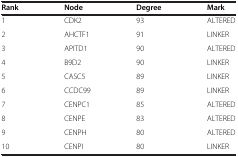
<table><thead><tr><td><b>Rank</b></td><td><b>Node</b></td><td><b>Degree</b></td><td><b>Mark</b></td></tr></thead><tbody><tr><td>1</td><td>CDK2</td><td>93</td><td>ALTERED</td></tr><tr><td>2</td><td>AHCTF1</td><td>91</td><td>LINKER</td></tr><tr><td>3</td><td>APITD1</td><td>90</td><td>ALTERED</td></tr><tr><td>4</td><td>B9D2</td><td>90</td><td>LINKER</td></tr><tr><td>5</td><td>CASC5</td><td>89</td><td>LINKER</td></tr><tr><td>6</td><td>CCDC99</td><td>89</td><td>LINKER</td></tr><tr><td>7</td><td>CENPC1</td><td>85</td><td>ALTERED</td></tr><tr><td>8</td><td>CENPE</td><td>83</td><td>ALTERED</td></tr><tr><td>9</td><td>CENPH</td><td>80</td><td>ALTERED</td></tr><tr><td>10</td><td>CENPI</td><td>80</td><td>LINKER</td></tr></tbody></table>